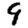
Digit: 9